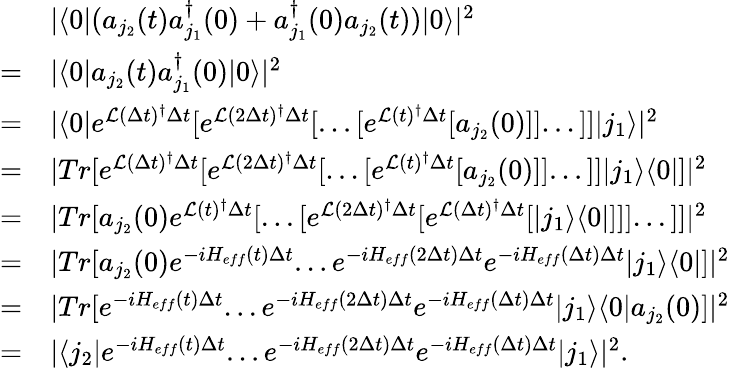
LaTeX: \begin{array}{rl}&{|\langle 0|(a_{j_{2}}(t)a_{j_{1}}^{\dagger}(0)+a_{j_{1}}^{\dagger}(0)a_{j_{2}}(t))|0\rangle|^{2}}\\ {=}&{|\langle 0|a_{j_{2}}(t)a_{j_{1}}^{\dagger}(0)|0\rangle|^{2}}\\ {=}&{|\langle 0|e^{\mathcal{L}(\Delta t)^{\dagger}\Delta t}[e^{\mathcal{L}(2\Delta t)^{\dagger}\Delta t}[...[e^{\mathcal{L}(t)^{\dagger}\Delta t}[a_{j_{2}}(0)]]...]]|j_{1}\rangle|^{2}}\\ {=}&{|Tr[e^{\mathcal{L}(\Delta t)^{\dagger}\Delta t}[e^{\mathcal{L}(2\Delta t)^{\dagger}\Delta t}[...[e^{\mathcal{L}(t)^{\dagger}\Delta t}[a_{j_{2}}(0)]]...]]|j_{1}\rangle\langle 0|]|^{2}}\\ {=}&{|Tr[a_{j_{2}}(0)e^{\mathcal{L}(t)^{\dagger}\Delta t}[...[e^{\mathcal{L}(2\Delta t)^{\dagger}\Delta t}[e^{\mathcal{L}(\Delta t)^{\dagger}\Delta t}[|j_{1}\rangle\langle 0|]]]...]]|^{2}}\\ {=}&{|Tr[a_{j_{2}}(0)e^{-iH_{eff}(t)\Delta t}...e^{-iH_{eff}(2\Delta t)\Delta t}e^{-iH_{eff}(\Delta t)\Delta t}|j_{1}\rangle\langle 0|]|^{2}}\\ {=}&{|Tr[e^{-iH_{eff}(t)\Delta t}...e^{-iH_{eff}(2\Delta t)\Delta t}e^{-iH_{eff}(\Delta t)\Delta t}|j_{1}\rangle\langle 0|a_{j_{2}}(0)]|^{2}}\\ {=}&{|\langle j_{2}|e^{-iH_{eff}(t)\Delta t}...e^{-iH_{eff}(2\Delta t)\Delta t}e^{-iH_{eff}(\Delta t)\Delta t}|j_{1}\rangle|^{2}.}\end{array}